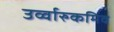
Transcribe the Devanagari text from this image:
उर्व्वारुकमिव